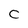
Character: C